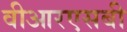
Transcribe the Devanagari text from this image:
वीआरएसबी